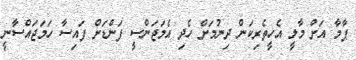
ޕާމާ އަށް މާލީ އެހީތެރިކަން ދިނުމަށް ހެދި އެމަޖަންސީ ފަންޑަށް ފައިސާ ހަމަޖައްސާނީ